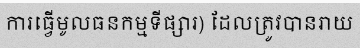
ការធ្វើមូលធនកម្មទីផ្សារ) ដែលត្រូវបានរាយ